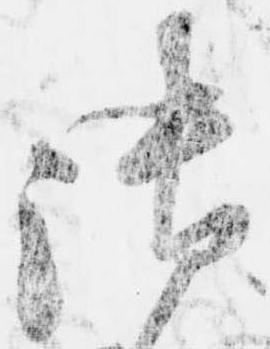
御